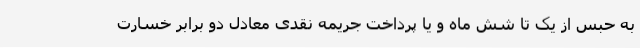
به حبس از یک تا شش ماه و یا پرداخت جریمه نقدی معادل دو برابر خسارت